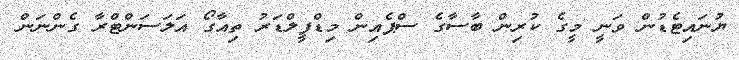
ޔުނައިޓެޑުން ވަނީ މީގެ ކުރިން ބާސާގެ ސްޕެއިން މިޑްފީލްޑަރު ތިއާގޯ އަލަސަންޓްރާ ގެންނަން